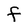
Character: f